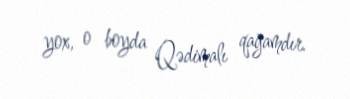
yox, o boyda Qədimalı qağamdır.